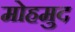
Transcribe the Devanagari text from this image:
मोहमुद